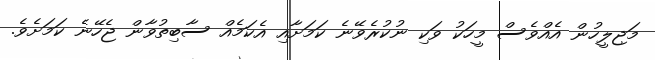
މަޖިލީހުން އެއްވެސް މީހަކު ވަކި ނުކުރެވޭނެ ކަމަށާއި އެކަމެއް ސާބިތުވާން ޖެހޭނެ ކަމަށެވެ.